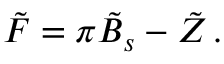
\tilde { F } = \pi \tilde { B } _ { s } - \tilde { Z } \, .